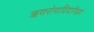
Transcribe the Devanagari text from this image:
ऋणरोगादिदारिद्रयं